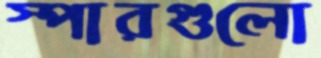
স্পারগুলো